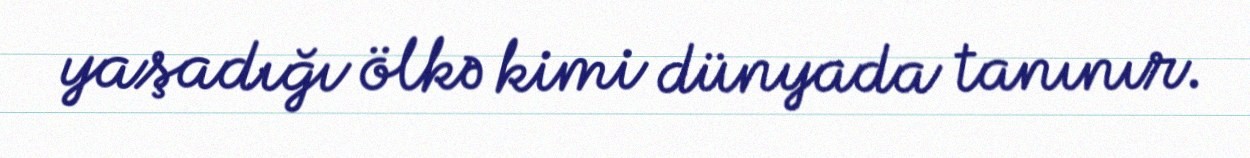
yaşadığı ölkə kimi dünyada tanınır.